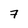
Character: 7